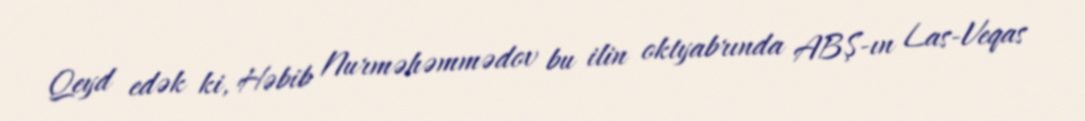
Qeyd edək ki, Həbib Nurməhəmmədov bu ilin oktyabrında ABŞ-ın Las-Veqas